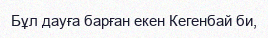
Бұл дауға барған екен Кегенбай би,